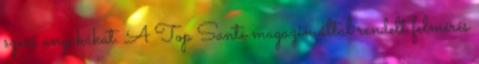
szexi anyukákat. A Top Sante magazin által rendelt felmérés